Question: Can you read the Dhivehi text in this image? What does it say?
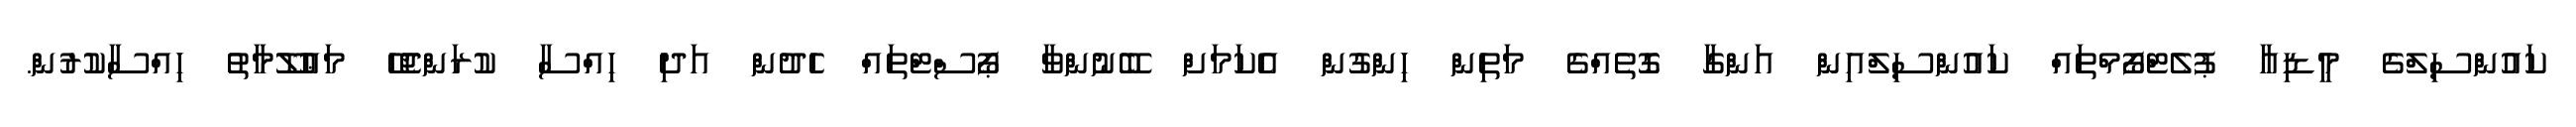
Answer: ކައުންސިލްގެ މީޑިއާ ޕުލެޓްފޯމްތައް ކައުންސިލްއިން އަންގާ ގޮތެއްގެ މަތިން ހިންގުން އެކަމަށް ބޭނުންވާ ޕޯސްޓްތައް ހެދުން އަދި ހިއްސާ ކުރަންޖެހޭ މަޢުލޫމާތު ހިއްސާކުރުން.